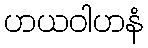
ဟယဝါဟနံ